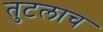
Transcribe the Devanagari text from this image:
तुटलाच